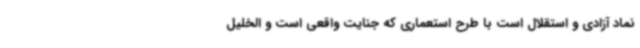
نماد آزادی و استقلال است با طرح استعماری که جنایت واقعی است و الخلیل